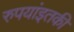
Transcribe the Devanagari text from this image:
रुपयांइतकी